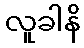
လူခါနိ